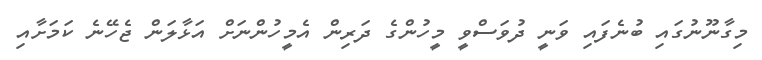
މިގާނޫނުގައި ބުނެފައި ވަނީ ދުވަސްވީ މީހުންގެ ދަރިން އެމީހުންނަށް އަޅާލަން ޖެހޭނެ ކަމަށާއި